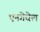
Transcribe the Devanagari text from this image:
एनगेधेल